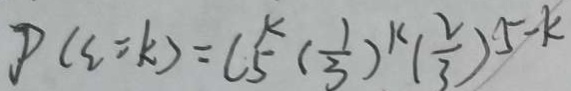
P ( \xi = k ) = C _ { 5 } ^ { k } ( \frac { 1 } { 3 } ) ^ { k } ( \frac { 2 } { 3 } ) ^ { 5 - k }